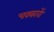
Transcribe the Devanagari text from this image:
चक्कारों